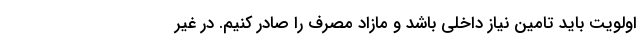
اولویت باید تامین نیاز داخلی باشد و مازاد مصرف را صادر کنیم. در غیر